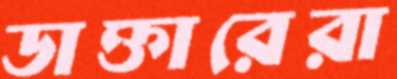
ডাক্তারেরা